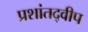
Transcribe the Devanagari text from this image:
प्रशांतद्वीप